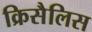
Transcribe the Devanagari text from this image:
क्रिसैलिस